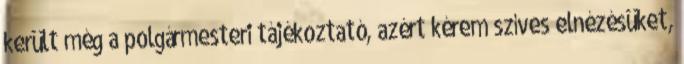
került még a polgármesteri tájékoztató, azért kérem szíves elnézésüket,